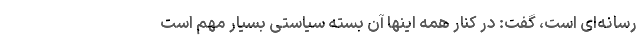
رسانه‌ای است، گفت: در کنار همه اینها آن بسته سیاستی بسیار مهم است